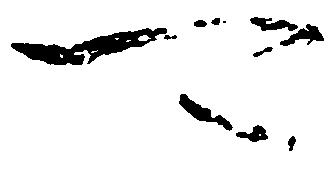
可